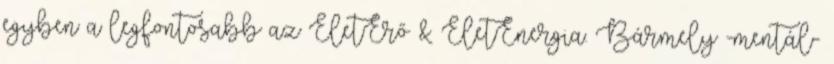
egyben a legfontosabb az ÉletErő & ÉletEnergia. Bármely -mentál-